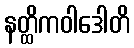
နတ္ထိကဝါဒေါတိ